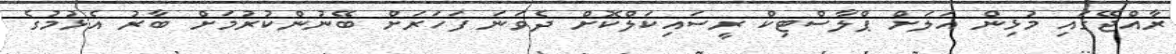
ރާއްޖޭގައި މުޅިން އަލަށް ޕްލާސްޓިކް ރީސައިކަލްކޮށް ދެވަނަ ފަހަރަށް ބޭނުންކުރުމަށް ބާރު އެޅުމުގެ